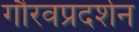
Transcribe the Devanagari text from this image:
गौरवप्रदर्शन